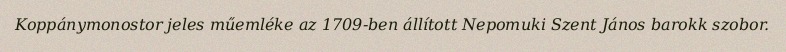
Koppánymonostor jeles műemléke az 1709-ben állított Nepomuki Szent János barokk szobor.